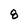
Character: 8